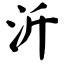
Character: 沂